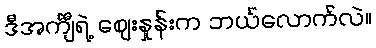
ဒီအင်္ကျီရဲ့ ဈေးနှုန်းက ဘယ်လောက်လဲ။